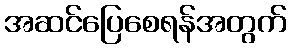
အဆင်ပြေစေရန်အတွက်